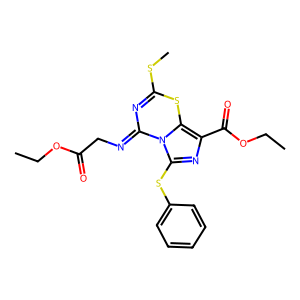
SMILES: CCOC(=O)CN=c1nc(SC)sc2c(C(=O)OCC)nc(Sc3ccccc3)n12
Inhibits HIV replication: No